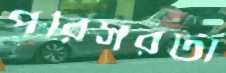
পরিসরটা